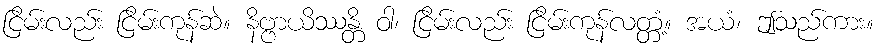
ငြိမ်းလည်း ငြိမ်းကုန်ဆဲ။ နိဗ္ဗာယိဿန္တိ ဝါ၊ ငြိမ်းလည်း ငြိမ်းကုန်လတ္တံ့။ အယံ၊ ဤသည်ကား။